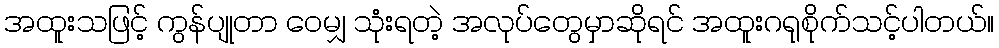
အထူးသဖြင့် ကွန်ပျုတာ ဝေမျှ သုံးရတဲ့ အလုပ်တွေမှာဆိုရင် အထူးဂရုစိုက်သင့်ပါတယ်။